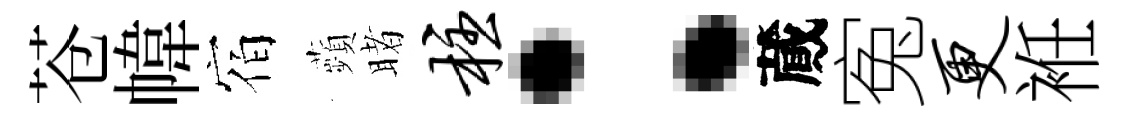
苍幃宿蘋睹柱：蕆寃更袵